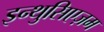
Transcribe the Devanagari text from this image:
इन्थुसिएज़म